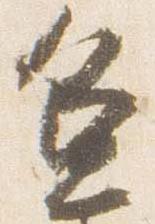
兼